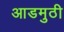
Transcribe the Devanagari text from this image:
आडमुठी